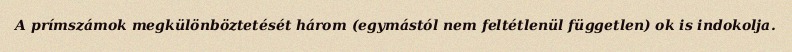
A prímszámok megkülönböztetését három (egymástól nem feltétlenül független) ok is indokolja.